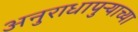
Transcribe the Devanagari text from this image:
अनुराधापुऱ्याच्या